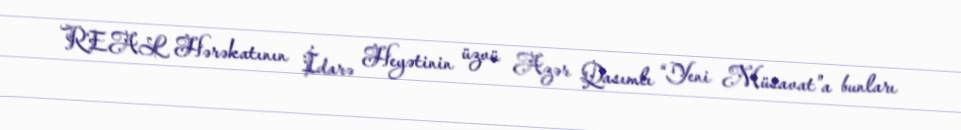
REAL Hərəkatının İdarə Heyətinin üzvü Azər Qasımlı “Yeni Müsavat”a bunları